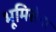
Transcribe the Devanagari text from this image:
भूमिसेना